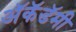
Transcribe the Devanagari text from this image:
अॅकॅडॅमी